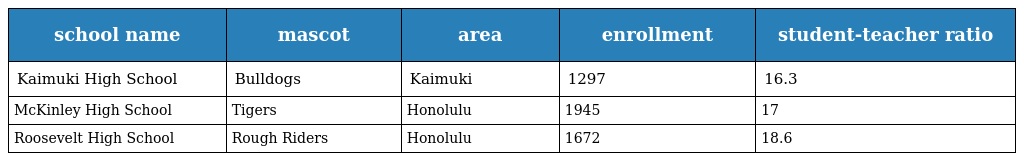
| school name | mascot | area | enrollment | student-teacher ratio |
 | --- | --- | --- | --- | --- |
 | Kaimuki High School | Bulldogs | Kaimuki | 1297 | 16.3 |
 | McKinley High School | Tigers | Honolulu | 1945 | 17 |
 | Roosevelt High School | Rough Riders | Honolulu | 1672 | 18.6 |